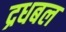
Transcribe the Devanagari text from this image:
द्रधबल